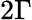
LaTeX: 2\Gamma